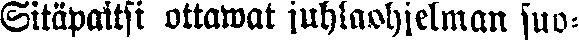
Sitäpaitsi ottawat juhlaohjelman suo-